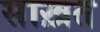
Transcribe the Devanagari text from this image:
साख़त